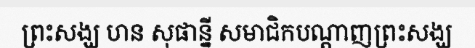
ព្រះសង្ឃ ហន សុផាន្នី សមាជិកបណ្តាញព្រះសង្ឃ